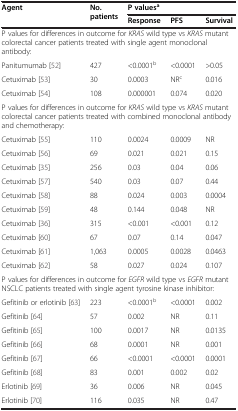
| <ROWSPAN=2> Agent | <ROWSPAN=2> No. patients | <COLSPAN=3> P valuesa |
 | Response | PFS | Survival |
 | --- | --- | --- | --- | --- |
 | <COLSPAN=5> P values for differences in outcome for KRAS wild type vs KRAS mutant colorectal cancer patients treated with single agent monoclonal antibody: |
 | Panitumumab [52] | 427 | <0.0001b | <0.0001 | >0.05 |
 | Cetuximab [53] | 30 | 0.0003 | NRc | 0.016 |
 | Cetuximab [54] | 108 | 0.000001 | 0.074 | 0.020 |
 | <COLSPAN=5> P values for differences in outcome for KRAS wild type vs KRAS mutant colorectal cancer patients treated with combined monoclonal antibody and chemotherapy: |
 | Cetuximab [55] | 110 | 0.0024 | 0.0009 | NR |
 | Cetuximab [56] | 69 | 0.021 | 0.021 | 0.15 |
 | Cetuximab [35] | 256 | 0.03 | 0.04 | 0.06 |
 | Cetuximab [57] | 540 | 0.03 | 0.07 | 0.44 |
 | Cetuximab [58] | 88 | 0.024 | 0.003 | 0.0004 |
 | Cetuximab [59] | 48 | 0.144 | 0.048 | NR |
 | Cetuximab [36] | 315 | <0.001 | <0.001 | 0.12 |
 | Cetuximab [60] | 67 | 0.07 | 0.14 | 0.047 |
 | Cetuximab [61] | 1,063 | 0.0005 | 0.0028 | 0.0463 |
 | Cetuximab [62] | 58 | 0.027 | 0.024 | 0.107 |
 | <COLSPAN=5> P values for differences in outcome for EGFR wild type vs EGFR mutant NSCLC patients treated with single agent tyrosine kinase inhibitor: |
 | Gefitinib or erlotinib [63] | 223 | <0.0001b | <0.0001 | 0.002 |
 | Gefitinib [64] | 57 | 0.002 | NR | 0.11 |
 | Gefitinib [65] | 100 | 0.0017 | NR | 0.0135 |
 | Gefitinib [66] | 68 | 0.0001 | NR | 0.001 |
 | Gefitinib [67] | 66 | <0.0001 | <0.0001 | 0.0001 |
 | Gefitinib [68] | 83 | 0.001 | 0.002 | 0.02 |
 | Erlotinib [69] | 36 | 0.006 | NR | 0.045 |
 | Erlotinib [70] | 116 | 0.035 | NR | 0.47 |